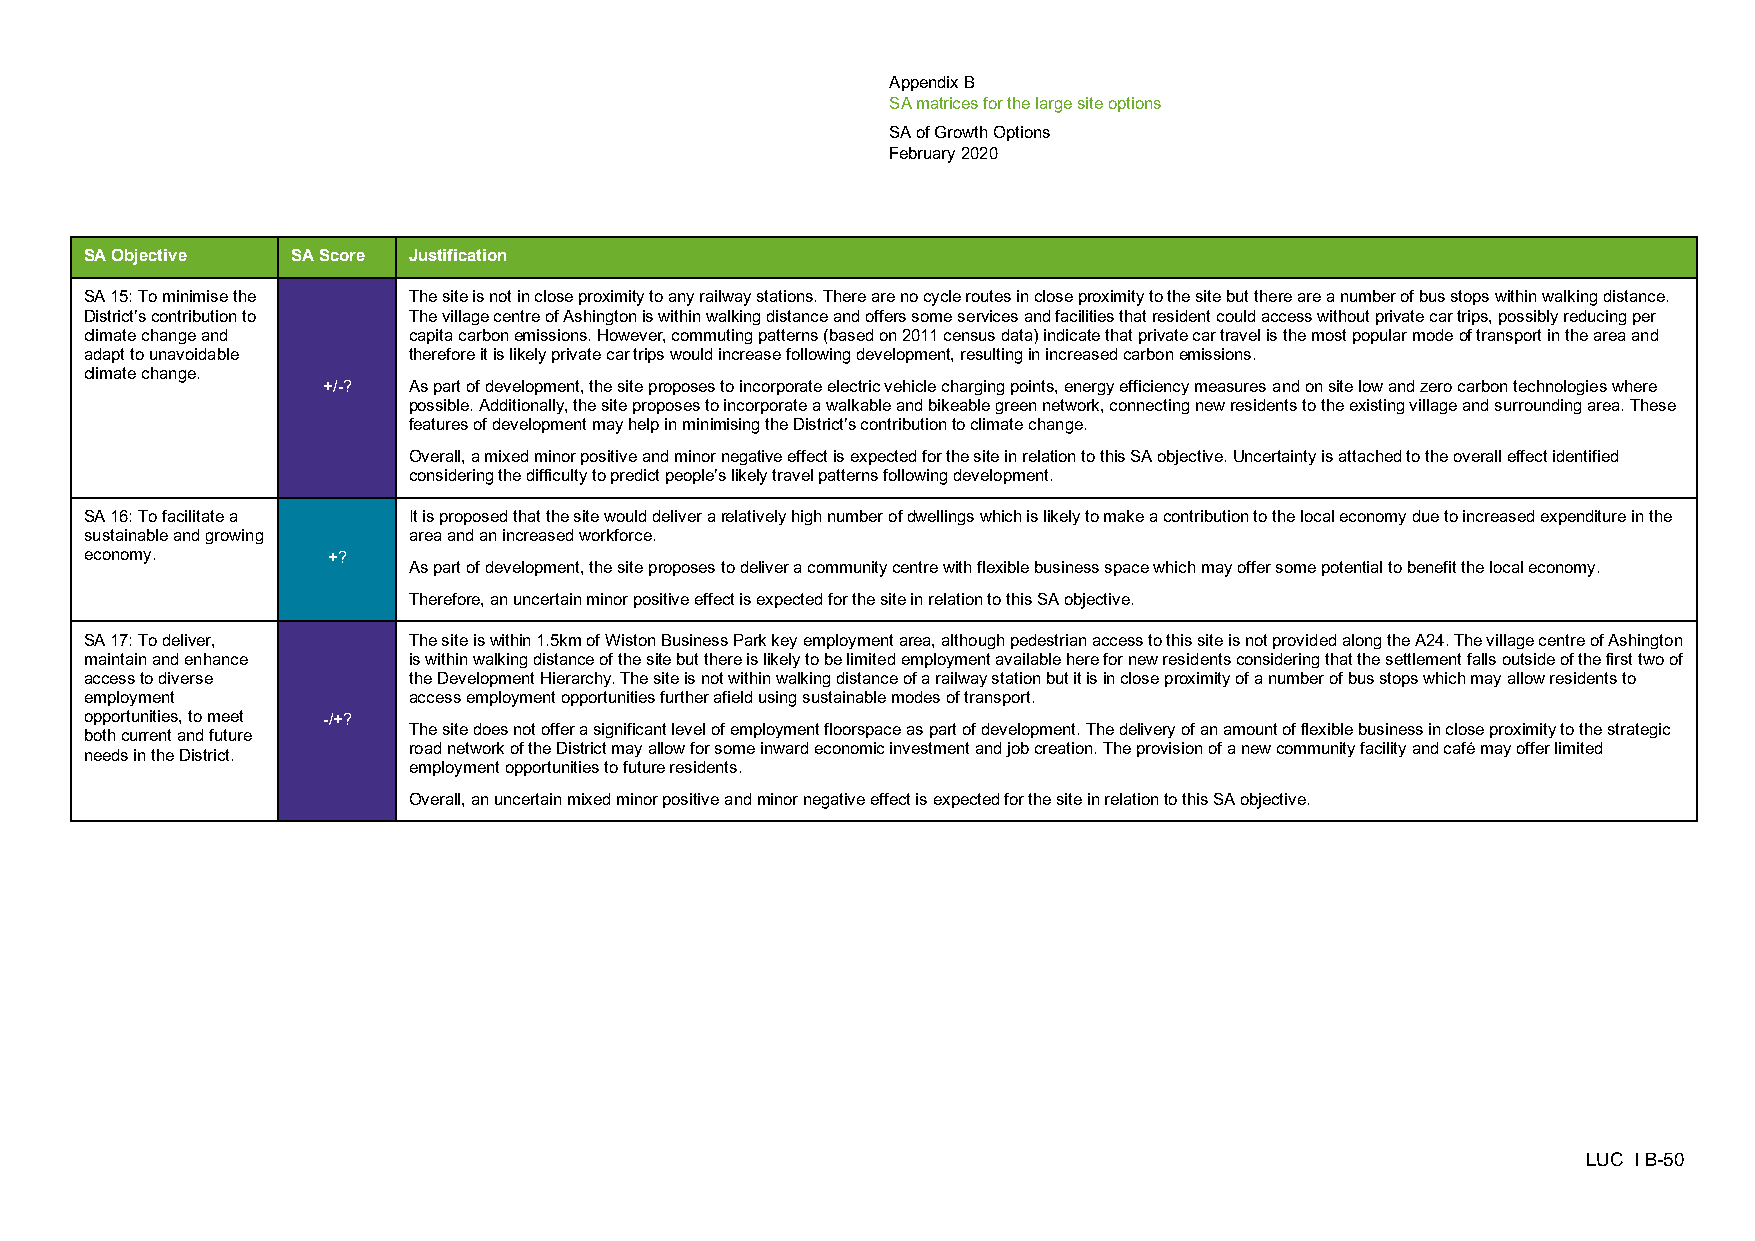
Appendix B
 SA matrices for the large site options
 SA of Growth Options
 February 2020
 SA Objective SA Score Justification
 SA 15: To minimise the The site is not in close proximity to any railway stations. There are no cycle routes in close proximity to the site but there are a number of bus stops within walking distance.
 District’s contribution to The village centre of Ashington is within walking distance and offers some services and facilities that resident could access without private car trips, possibly reducing per
 climate change and   capita carbon emissions. However, commuting patterns (based on 2011 census data) indicate that private car travel is the most popular mode of transport in the area and
 adapt to unavoidable therefore it is likely private car trips would increase following development, resulting in increased carbon emissions.
 climate change.
 +/-?  As part of development, the site proposes to incorporate electric vehicle charging points, energy efficiency measures and on site low and zero carbon technologies where
 possible. Additionally, the site proposes to incorporate a walkable and bikeable green network, connecting new residents to the existing village and surrounding area. These
 features of development may help in minimising the District’s contribution to climate change.
 Overall, a mixed minor positive and minor negative effect is expected for the site in relation to this SA objective. Uncertainty is attached to the overall effect identified
 considering the difficulty to predict people’s likely travel patterns following development.
 SA 16: To facilitate a It is proposed that the site would deliver a relatively high number of dwellings which is likely to make a contribution to the local economy due to increased expenditure in the
 sustainable and growing area and an increased workforce.
 economy.        +?
 As part of development, the site proposes to deliver a community centre with flexible business space which may offer some potential to benefit the local economy.
 Therefore, an uncertain minor positive effect is expected for the site in relation to this SA objective.
 SA 17: To deliver,   The site is within 1.5km of Wiston Business Park key employment area, although pedestrian access to this site is not provided along the A24. The village centre of Ashington
 maintain and enhance is within walking distance of the site but there is likely to be limited employment available here for new residents considering that the settlement falls outside of the first two of
 access to diverse    the Development Hierarchy. The site is not within walking distance of a railway station but it is in close proximity of a number of bus stops which may allow residents to
 employment           access employment opportunities further afield using sustainable modes of transport.
 opportunities, to meet -/+?
 The site does not offer a significant level of employment floorspace as part of development. The delivery of an amount of flexible business in close proximity to the strategic
 both current and future
 road network of the District may allow for some inward economic investment and job creation. The provision of a new community facility and café may offer limited
 needs in the District.
 employment opportunities to future residents.
 Overall, an uncertain mixed minor positive and minor negative effect is expected for the site in relation to this SA objective.
 LUC I B-50